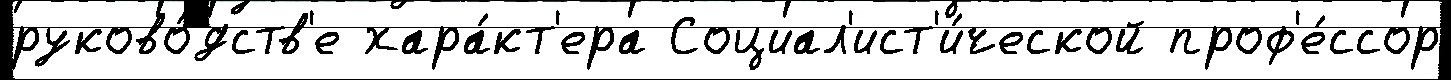
руково́дств'е хара́кт'ера Социал'ист'и́ческой проф'е́ссор